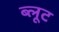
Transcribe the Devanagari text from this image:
ब्लूट